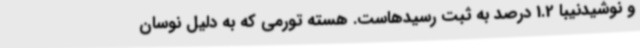
و نوشیدنیبا 1.2 درصد به ثبت رسیدهاست. هسته تورمی که به دلیل نوسان